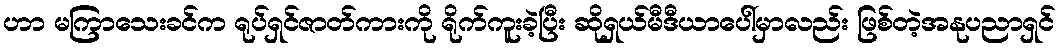
ဟာ မကြာသေးခင်က ရုပ်ရှင်ဇာတ်ကားကို ရိုက်ကူးခဲ့ပြီး ဆိုရှယ်မီဒီယာပေါ်မှာလည်း ဖြစ်တဲ့အနုပညာရှင်